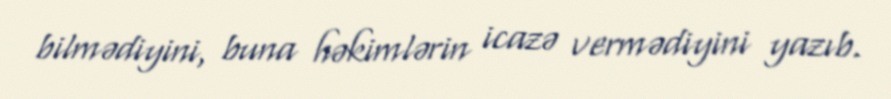
bilmədiyini, buna həkimlərin icazə vermədiyini yazıb.